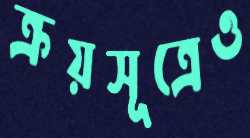
ক্রয়সূত্রেও